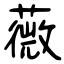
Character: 薇